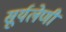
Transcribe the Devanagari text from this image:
सूर्यलेणी